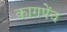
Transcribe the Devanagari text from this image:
कागपेंच